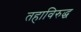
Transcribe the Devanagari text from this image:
तहाविरुद्ध